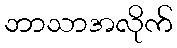
ဘာသာအလိုက်